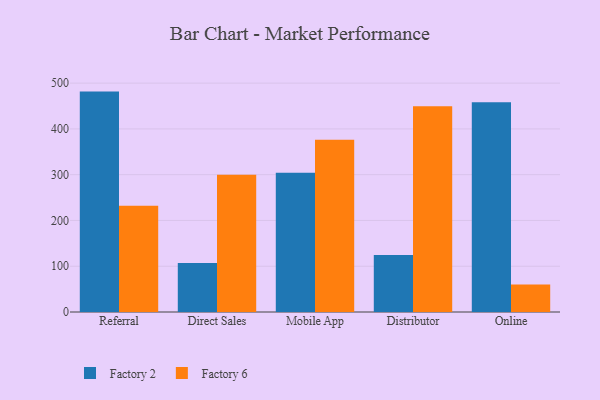
{"axis": {"x": "Channel", "y": "Humidity (%)"}, "legend": ["Factory 2", "Factory 6"], "data": [{"x": "Referral", "y": 481.5, "type": "Factory 2"}, {"x": "Referral", "y": 232.3, "type": "Factory 6"}, {"x": "Direct Sales", "y": 107.2, "type": "Factory 2"}, {"x": "Direct Sales", "y": 299.8, "type": "Factory 6"}, {"x": "Mobile App", "y": 304.1, "type": "Factory 2"}, {"x": "Mobile App", "y": 376.3, "type": "Factory 6"}, {"x": "Distributor", "y": 124.5, "type": "Factory 2"}, {"x": "Distributor", "y": 449.4, "type": "Factory 6"}, {"x": "Online", "y": 458.1, "type": "Factory 2"}, {"x": "Online", "y": 60.0, "type": "Factory 6"}]}